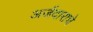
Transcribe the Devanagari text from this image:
अर्जदाराचे